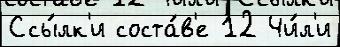
Ссы́лк'и соста́в'е 12 Чи́л'и